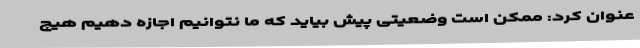
عنوان کرد: ممکن است وضعیتی پیش بیاید که ما نتوانیم اجازه دهیم هیچ